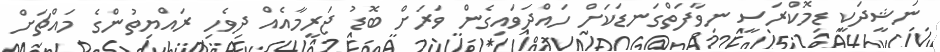
ނަޝީދަކީ ޑިމޮކްރަސީ ނިވާފަތްގަނޑަކަށް ހައްދަވައިގެން ވަރަށް ބޮޑު ޖަރީމާއެއް ދިވެހި ރައްޔިތުންގެ މައްޗަށް